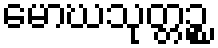
မောဃသုတ္တဉ္စ